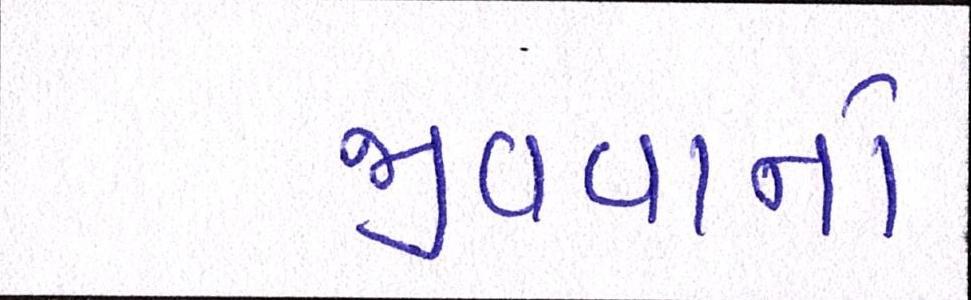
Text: જીવવાનો